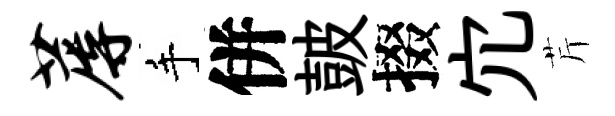
蓐手併皷掇宂芹